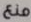
منع